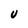
Character: U